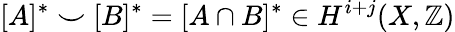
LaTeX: [A]^{*}\smile[B]^{*}=[A\cap B]^{*}\in H^{i+j}(X,\mathbb{Z})